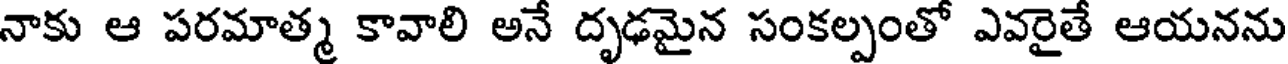
నాకు ఆ పరమాత్మ కావాలి అనే దృఢమైన సంకల్పంతో ఎవరైతే ఆయనను